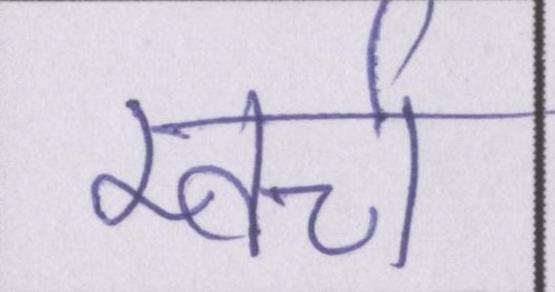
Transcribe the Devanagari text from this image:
खर्च